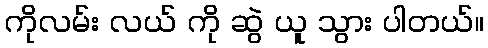
ကိုလမ်း လယ် ကို ဆွဲ ယူ သွား ပါတယ်။